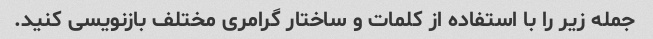
جمله زیر را با استفاده از کلمات و ساختار گرامری مختلف بازنویسی کنید.